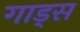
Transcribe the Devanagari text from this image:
गाड्स